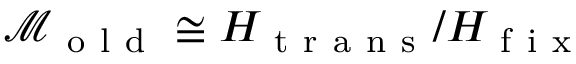
\mathcal { M } _ { \mathrm { ~ o ~ l ~ d ~ } } \cong H _ { \mathrm { ~ t ~ r ~ a ~ n ~ s ~ } } / H _ { \mathrm { ~ f ~ i ~ x ~ } }